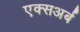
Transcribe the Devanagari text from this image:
एक्सअर्ब